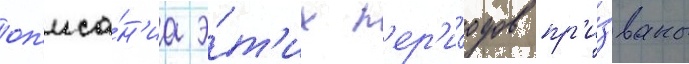
оп'иса́н'иа э́т'их п'ер'и́одов пр'и́званы